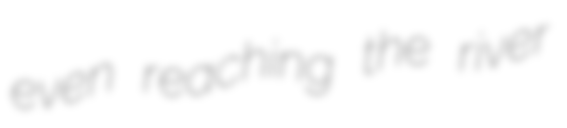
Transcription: even reaching the river